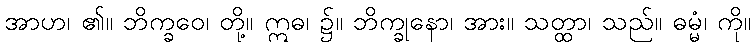
အာဟ၊ ၏။ ဘိက္ခဝေ၊ တို့။ ဣဓ၊ ၌။ ဘိက္ခုနော၊ အား။ သတ္ထာ၊ သည်။ ဓမ္မံ၊ ကို။